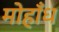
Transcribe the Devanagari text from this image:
मोहाँध